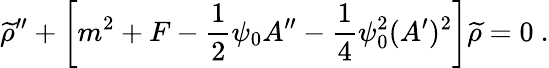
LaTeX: {\widetilde\rho}^{\prime\prime}+\left[m^{2}+F-{\frac{1}{2}}\psi_{0}A^{\prime\prime}-{\frac{1}{4}}\psi_{0}^{2}(A^{\prime})^{2}\right]{\widetilde\rho}=0~.